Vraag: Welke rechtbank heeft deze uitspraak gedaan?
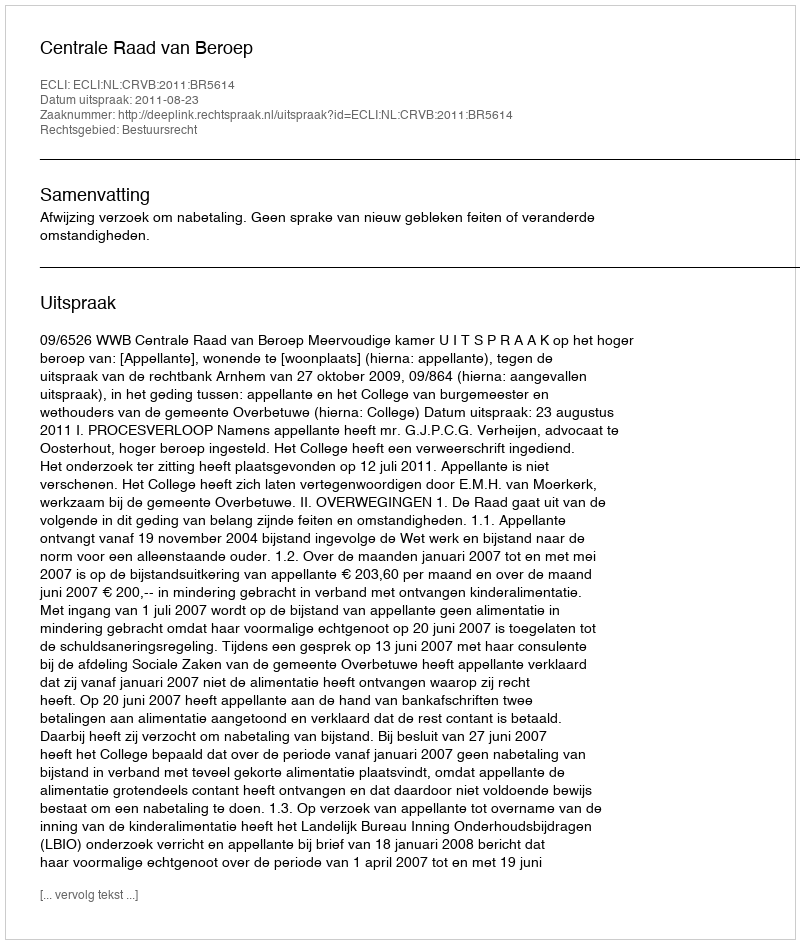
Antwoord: Centrale Raad van Beroep